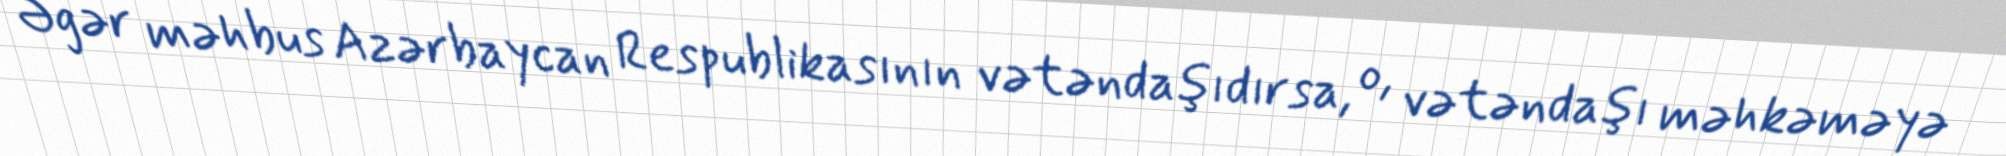
Əgər məhbus Azərbaycan Respublikasının vətəndaşıdırsa, o, vətəndaşı məhkəməyə